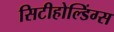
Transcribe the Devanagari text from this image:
सिटीहोल्डिंग्स